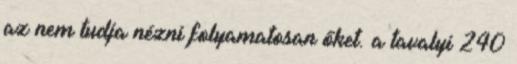
az nem tudja nézni folyamatosan őket. a tavalyi 240